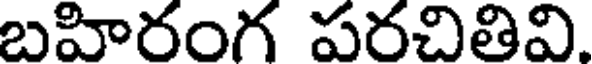
బహిరంగ పరచితివి.